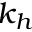
k _ { h }